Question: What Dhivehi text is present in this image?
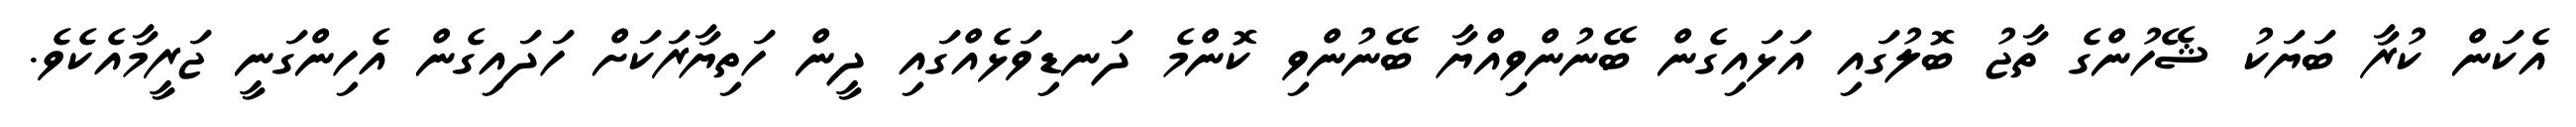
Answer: އެކަން ކުރާ ބަޔަކު ޝޭހުންގެ ތާޖު ބޮލުގައި އަޅައިގެން ބޭނުންވިއްޔާ ބޭނުންވި ކޮންމެ ދަނޑިވަޅެއްގައި ދީން ހަތިޔާރަކަށް ހަދައިގެން އެހިންގަނީ ޖަރީމާއެކެވެ.